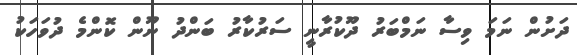
ދަށުން ނަމަ ވިސާ ނަމްބަރު ދޫކުރާނީ ސަރުކާރު ބަންދު ނޫން ކޮންމެ ދުވަހަކު